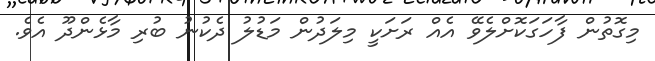
މިގޮތުން ފާހަގަކޮށްލެވޭ އެއް ރަށަކީ މިލަދުން މަޑުލު ދެކުނު ބުރި މާޅެންދޫ އެވެ.